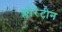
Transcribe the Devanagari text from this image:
फ्लोरेंटीन